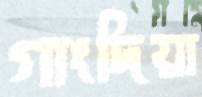
গাংদিয়া